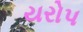
યરોપ